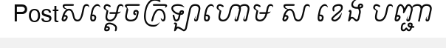
Postសម្តេចក្រឡាហោម ស ខេង បញ្ជា